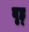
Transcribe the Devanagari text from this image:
बृह्